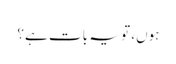
ہوں، تو یہ بات ہے؟